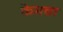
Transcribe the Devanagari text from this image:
केमचा